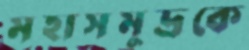
মহাসমুদ্রকে